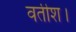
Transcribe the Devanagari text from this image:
वर्तीश।